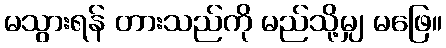
မသွားရန် တားသည်ကို မည်သို့မျှ မဖြေ။